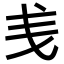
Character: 㦮